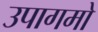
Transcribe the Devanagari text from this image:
उपागमो